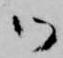
御